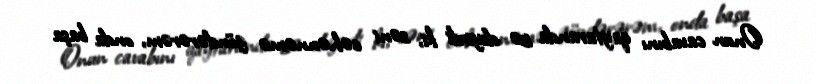
Onun cavabını qaytaranda isə deyirdi ki, səni cəhənnəmə göndərərəm, onda başa